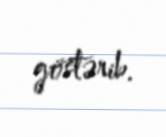
göstərib.